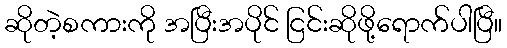
ဆိုတဲ့စကားကို အပြီးအပိုင် ငြင်းဆိုဖို့ရောက်ပါပြီ။